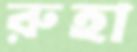
রুহা